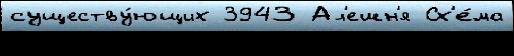
существу́ющих 3943 Ал'ешн'я Сх'е́ма